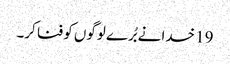
19 خدا نے بُرے لوگوں کو فنا کر۔